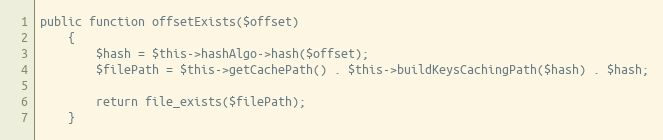
Language: PHP
public function offsetExists($offset)
    {
        $hash = $this->hashAlgo->hash($offset);
        $filePath = $this->getCachePath() . $this->buildKeysCachingPath($hash) . $hash;

        return file_exists($filePath);
    }